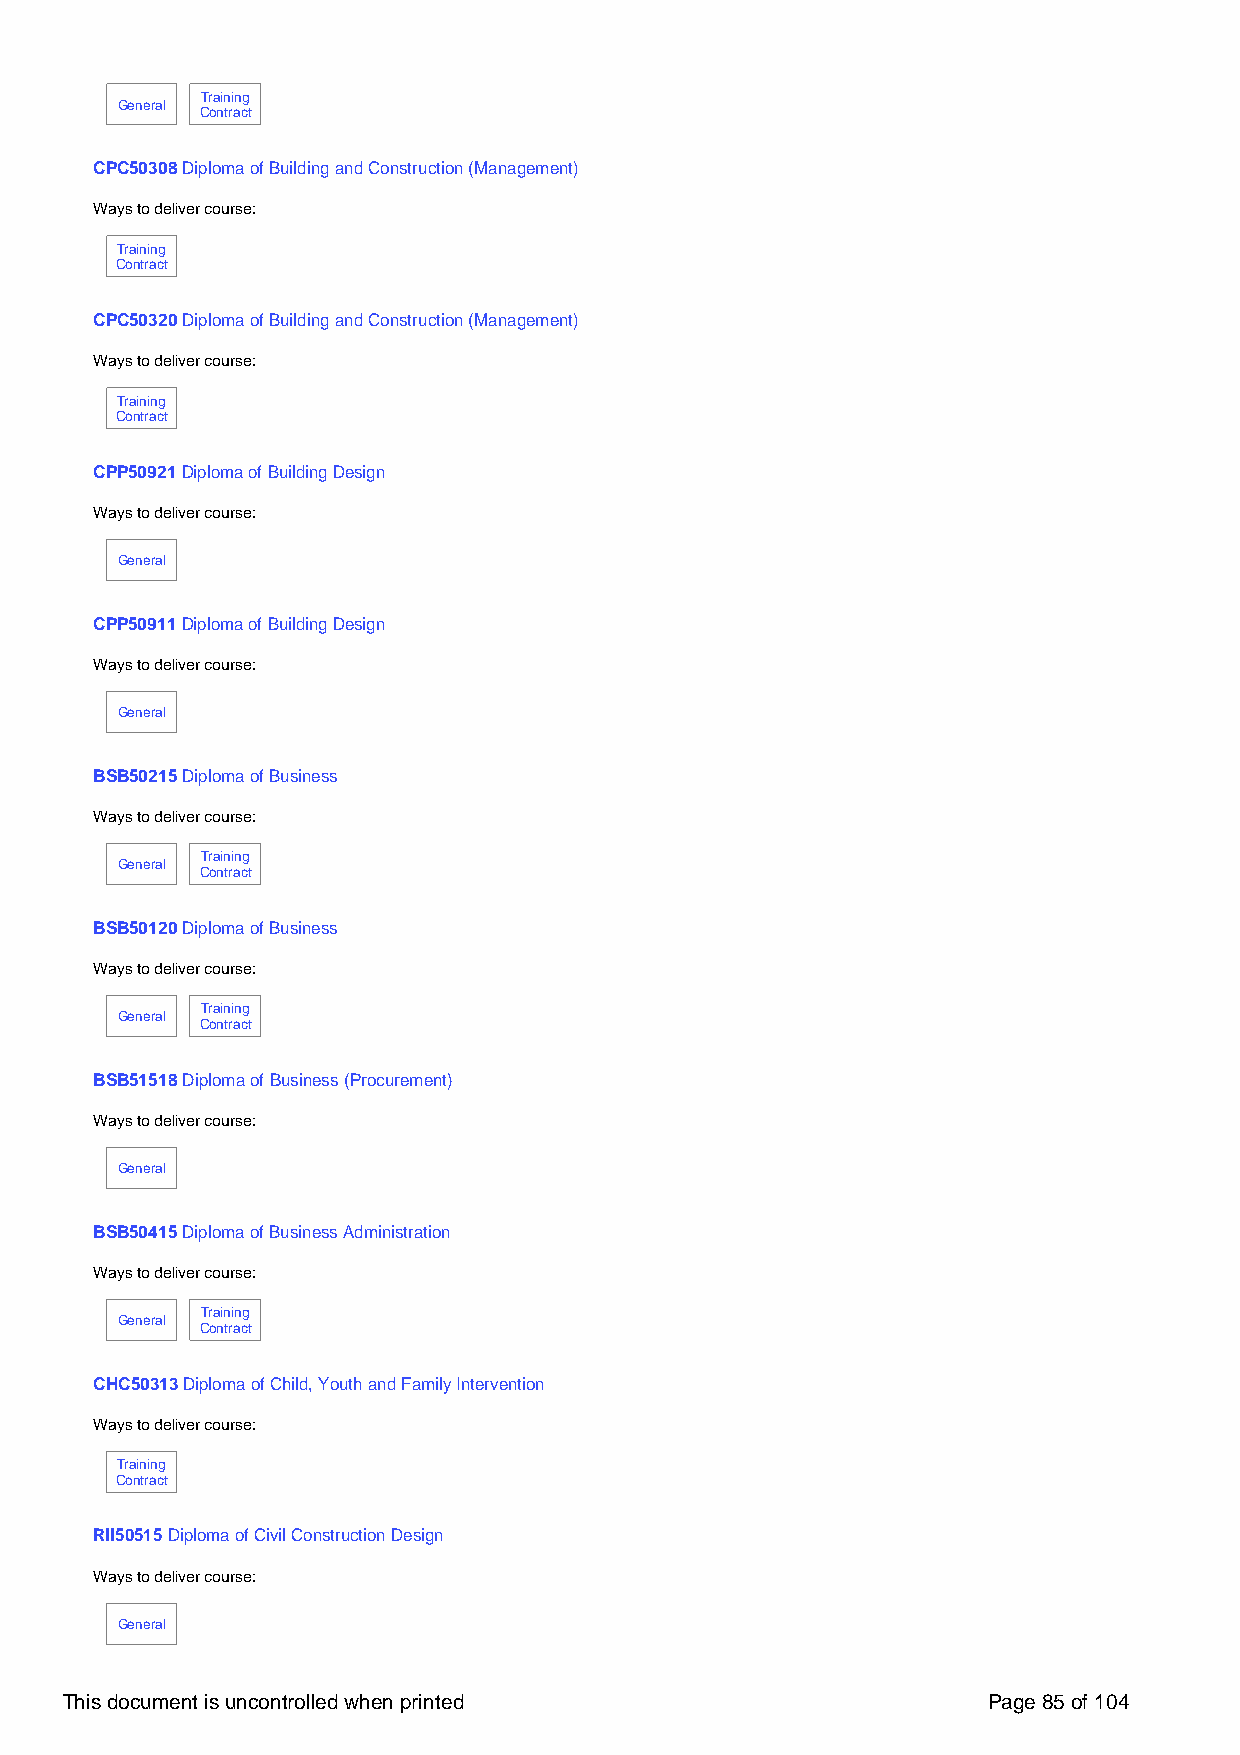
Training
 General
 Contract
 CPC50308 Diploma of Building and Construction (Management)
 Ways to deliver course:
 Training
 Contract
 CPC50320 Diploma of Building and Construction (Management)
 Ways to deliver course:
 Training
 Contract
 CPP50921 Diploma of Building Design
 Ways to deliver course:
 General
 CPP50911 Diploma of Building Design
 Ways to deliver course:
 General
 BSB50215 Diploma of Business
 Ways to deliver course:
 Training
 General
 Contract
 BSB50120 Diploma of Business
 Ways to deliver course:
 Training
 General
 Contract
 BSB51518 Diploma of Business (Procurement)
 Ways to deliver course:
 General
 BSB50415 Diploma of Business Administration
 Ways to deliver course:
 Training
 General
 Contract
 CHC50313 Diploma of Child, Youth and Family Intervention
 Ways to deliver course:
 Training
 Contract
 RII50515 Diploma of Civil Construction Design
 Ways to deliver course:
 General
 This document is uncontrolled when printed                   Page 85 of 104